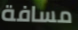
مسافة